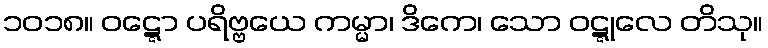
၁၀၁၈။ ဝဋ္ဋော ပရိဗ္ဗယေ ကမ္မာ၊ ဒိကေ၊ သော ဝဋ္ဋုလေ တိသု။